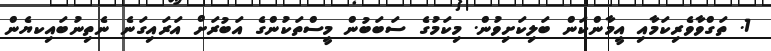
1. ތަގްވާވެރިކަމާއި އީމާންކަން ބަލިކަށިވުން. މިކަމުގެ ސަބަބުން މީސްތަކުންގެ އަބުރަށް އަރައިގަނެ ނެތިނުބައިކޔެން